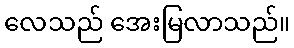
လေသည် အေးမြလာသည်။